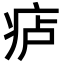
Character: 𪽮